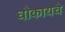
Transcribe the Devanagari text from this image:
घोकायचे